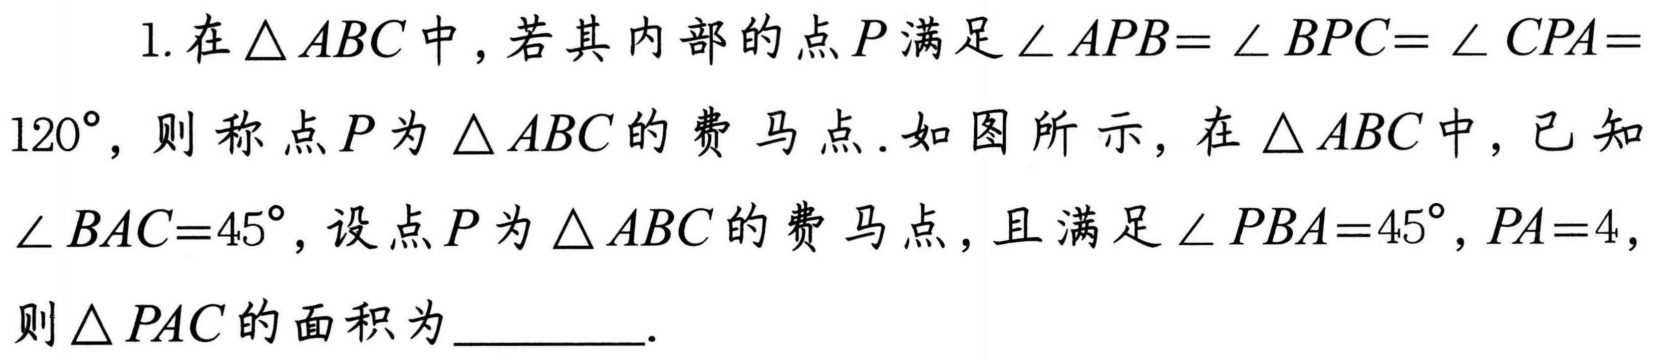
1. 在\(\triangle ABC\)中，若其内部的点\(P\)满足\(\angle APB = \angle BPC = \angle CPA = 120^{\circ}\)，则称点\(P\)为\(\triangle ABC\)的费马点．如图所示，在\(\triangle ABC\)中，已知\(\angle BAC = 45^{\circ}\)，设点\(P\)为\(\triangle ABC\)的费马点，且满足\(\angle PBA = 45^{\circ},PA = 4\)，则\(\triangle PAC\)的面积为________．